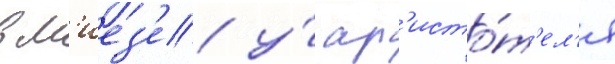
в м'иез'е у́ ар'исто́т'ел'я